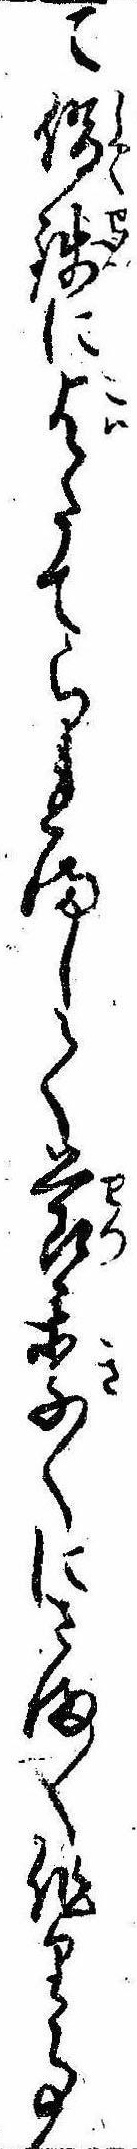
て借銭に乞たてられまして節季〱にさま〱作り事